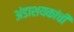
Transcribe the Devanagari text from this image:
अंडाशयकांची